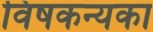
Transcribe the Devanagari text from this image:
विषकन्यका